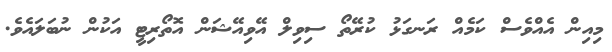
މިއިން އެއްވެސް ކަމެއް ރަނގަޅު ކުރޭތޯ ސިވިލް އޭވިއޭޝަން އޮތޯރިޓީ އަކުން ނުބަލައެވެ.